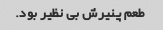
طعم پنیرش بی نظیر بود.